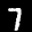
Label: 7